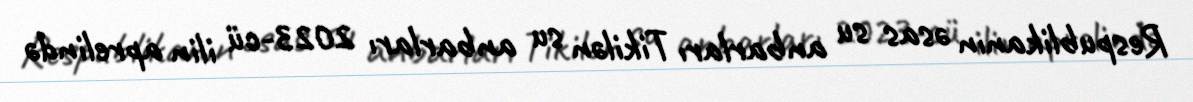
Respublikanın əsas su anbarları Tikilən su anbarları 2023-cü ilin aprelində